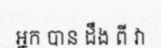
អ្នក បាន ដឹង ពី វា